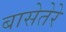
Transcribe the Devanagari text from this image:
बासेतेरे